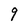
Character: 9